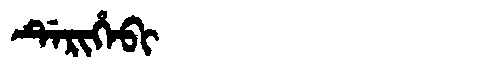
Manchu: ᡩᡝᡵᡳᡥᡝᠪᡳ
Romanization: DERIHEBI